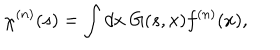
\chi ^ { ( n ) } ( s ) = \int d x \; G ( s , x ) f ^ { ( n ) } ( x ) ,